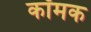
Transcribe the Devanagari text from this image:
कॉमक